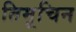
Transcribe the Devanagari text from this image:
तिमूचिन